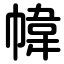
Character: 幃